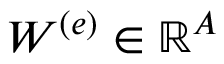
W ^ { ( e ) } \in \mathbb { R } ^ { A }